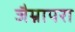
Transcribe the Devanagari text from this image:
जैम्नापरा